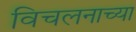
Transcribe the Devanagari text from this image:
विचलनाच्या